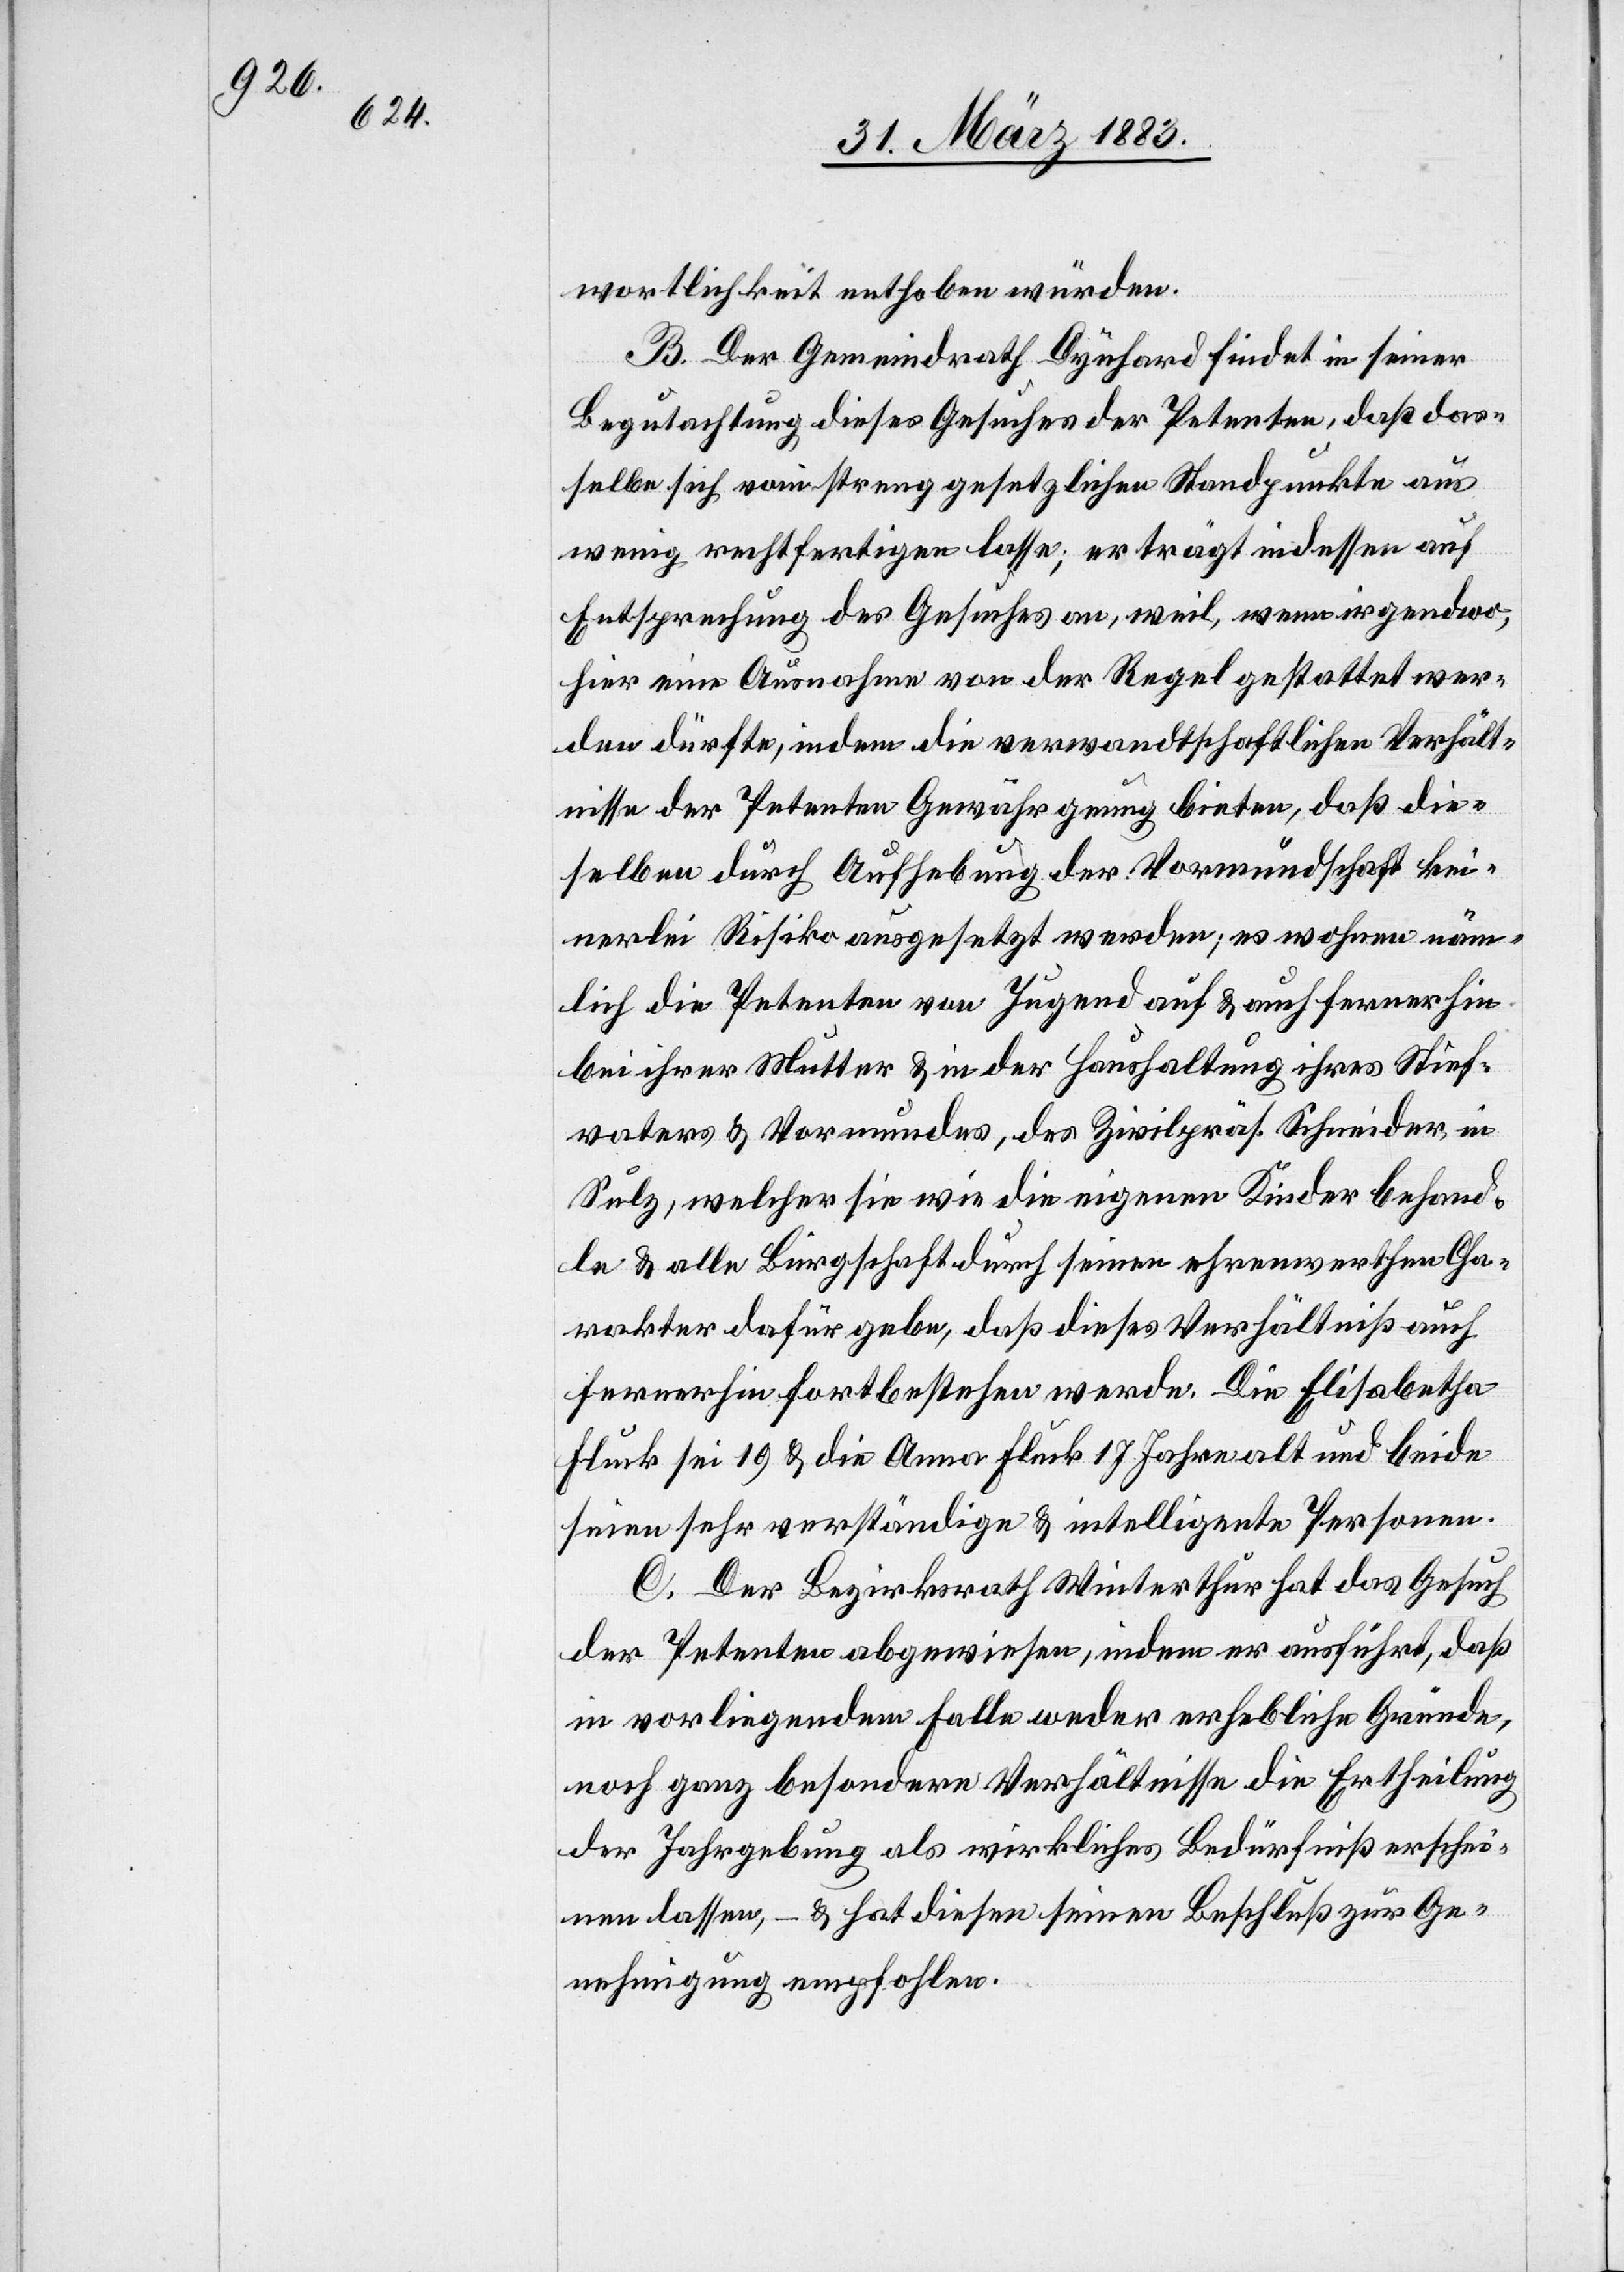
wortlichkeit enthoben würden.
B. Der Gemeindrath Dynhard findet in seiner
Begutachtung dieses Gesuches der Petenten, daß das¬
selbe sich vom streng gesetzlichen Standpunkte aus
wenig rechtfertigen lasse; er trägt indessen auf
Entsprechung des Gesuches an, weil, wenn irgendwo,
hier eine Ausnahme von der Regel gestattet wer¬
den dürfte, indem die verwandtschaftlichen Verhält¬
nisse der Petenten Gewähr genug bieten, daß die¬
selben durch Aufhebung der Vormundschaft kei¬
nerlei Risiko ausgesetzt werden; es wohnen näm¬
lich die Petenten von Jugend auf & auch fernerhin
bei ihrer Mutter & in der Haushaltung ihres Stief¬
vaters & Vormundes, des Zivilpräs. Schneider, in
Sulz, welcher sie wie die eigenen Kinder behand¬
le & alle Bürgschaft durch seinen ehrenwerthen Cha¬
rakter dafür gebe, daß dieses Verhältniß auch
fernerhin fortbestehen werde. Die Elisabetha
Fluck sei 19 & die Anna Fluck 17 Jahre alt und beide
seien sehr verständige & intelligente Personen.
C. Der Bezirksrath Winterthur hat das Gesuch
der Petenten abgewiesen, indem er ausführt, daß
in vorliegendem Falle weder erhebliche Gründe,
noch ganz besondere Verhältnisse die Ertheilung
der Jahrgebung als wirkliches Bedürfniß erschei¬
nen lassen, – & hat diesen seinen Beschluß zur Ge¬
nehmigung empfohlen.